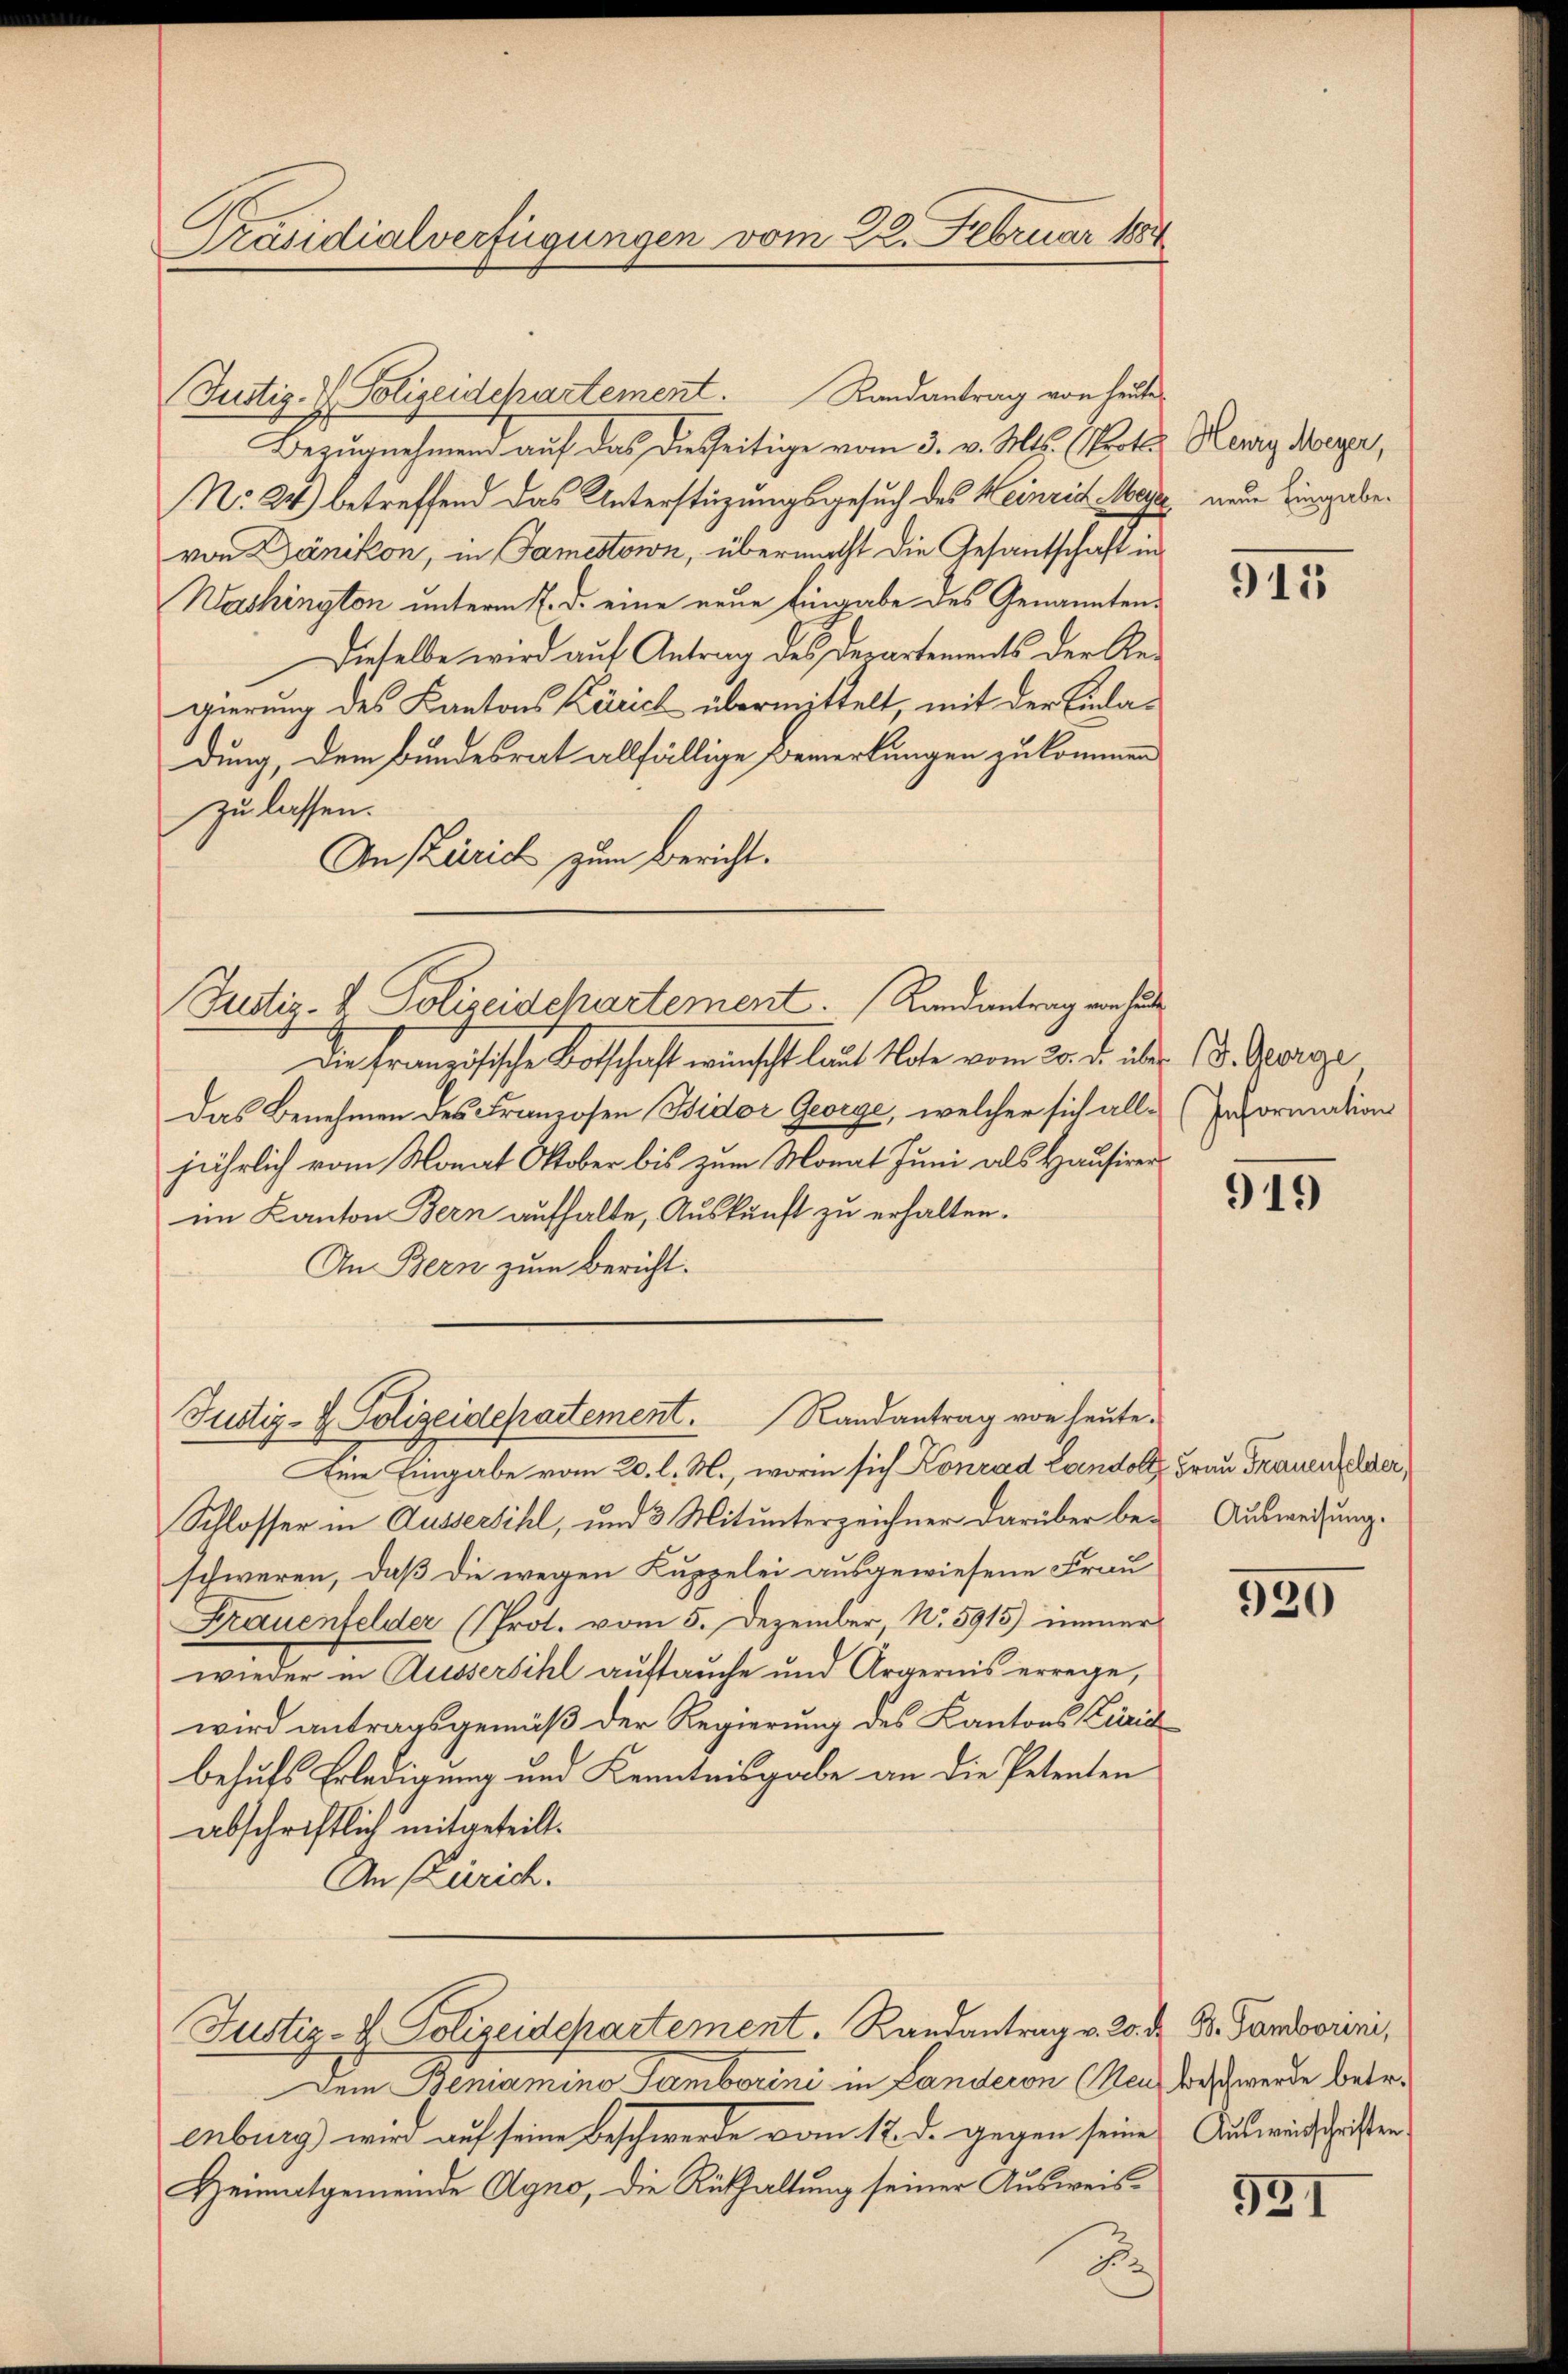
Präsidialverfügungen vom 22. Februar 1888

Justiz- & Polizeidepartement. Randantrag von heute
Bezugnehmend auf das diesseitige vom 3. v. Mts. (Prot
No 24) betreffend das Unterstüzungsgesuch des Heinrich Meya, neue Eingabevon Dänikon, in Jamestown, übermacht die Gesantschaft in
Washington unterm 7. d. eine neue Eingabe des Genannten¬
Dieselbe wird auf Antrag des Departements der Regierung des Kantons Zürich übermittelt, mit der Einladung, dem Bundesrat allfällige Bemerkungen zu kommen
zu lassen.
An Zürich zum Bericht.
Die Französische Botschaft wünscht laut Note vom 20. d. über 18. Sporge
Das Benehmen des Franzosen Widor George, welcher sich all- (Information
jährlich vom Monat Oktober bis zum Monat Juni als Hausirer
im Kanton Bern aufhalte, Auskunft zu erhalten.
An Bern zum Bericht.
Justiz- & Polizeidepartement. Randantrag von heute.
Eine Eingabe vom 20. l. M., worin sich Konrad Landolt Frau Frauenfelder,
Schlosser in Aussersihl, und 3 Mitunterzeichner darüber beschweren, daß die wegen Kuppelei ausgewiesene Frau
Frauenfelder (Prot. vom 5. Dezember, No 5915) immer
wieder in Aussersihl auftauche und Ärgernis errege,
wird antragsgemäß der Regierung des Kantons Züric
behufs Erledigung und Kenntnisgabe an die Petenten
abschriftlich mitgeteilt.
An Zürich.

Justiz- & Polizeidchartement. Randantrag von de

Justiz-V. Polizeidepartement. Randantrag v. 20. d. B. Gandoorini,

Dem Beniamino Tamborini in Landeren (Neu beschwerde betr.
enburg) wird auf seine Beschwerde vom 12. d. gegen seine Auswindschriften.
Heimatgemeinde Agno, die Rückhaltung seiner Ausweis¬

D

Hewig Meyer,

915

919

Ausweisung.

920

521